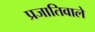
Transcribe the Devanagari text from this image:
प्रजातिवाले